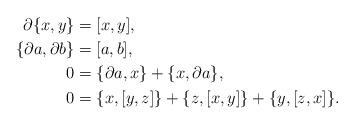
LaTeX: \begin{align*} \partial \{x,y\}&=[x,y], \\ \{\partial a, \partial b\}&=[a,b], \\ 0&=\{\partial a,x\} +\{x,\partial a\},\\0&=\{x,[y,z]\}+\{z,[x,y]\}+\{y,[z,x]\}. \end{align*}